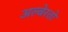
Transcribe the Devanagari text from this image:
अल्बेरतो